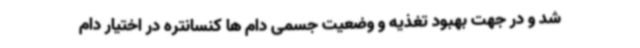
شد و در جهت بهبود تغذیه و وضعیت جسمی دام ها کنسانتره در اختیار دام